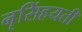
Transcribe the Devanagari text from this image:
नृसिंहयती